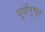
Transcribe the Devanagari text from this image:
पूर्वानुभूत